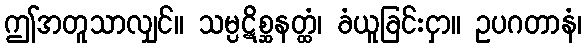
ဤအတူသာလျှင်။ သမ္ပဋိစ္ဆနတ္ထံ၊ ခံယူခြင်းငှာ။ ဥပဂတာနံ၊